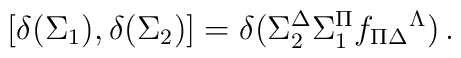
{}[\delta(\Sigma_1), \delta(\Sigma_2)] = \delta (\Sigma_2^\Delta\Sigma_1^\Pi f_{\Pi\Delta}{}^\Lambda)\,.